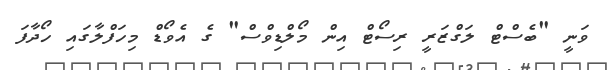
ވަނީ "ބެސްޓް ލަގްޒަރީ ރިސޯޓް އިން މޯލްޑިވްސް" ގެ އެވޯޑް މިހަފްލާގައި ހޯދާފަ